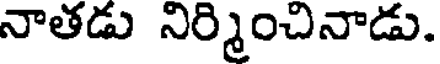
నాతడు నిర్మించినాడు.